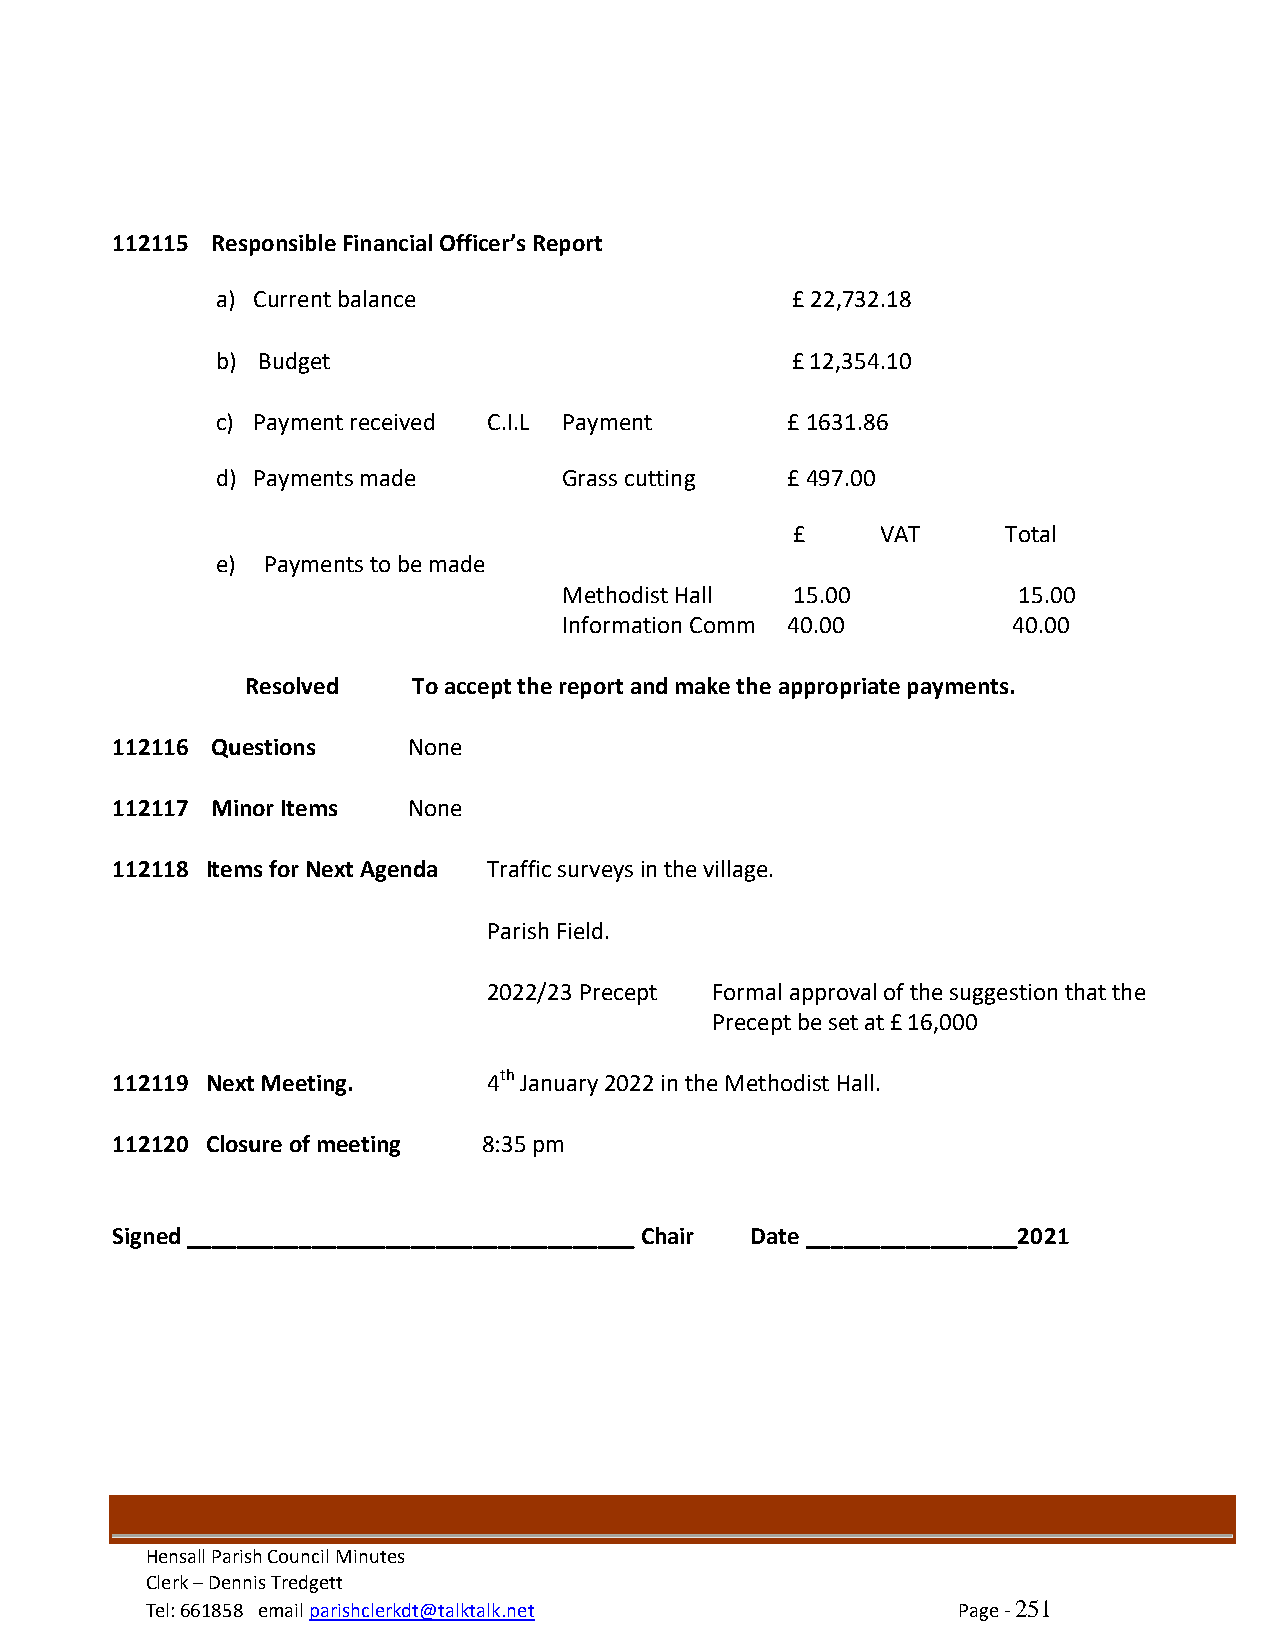
112115 Responsible Financial Officer’s Report
 a) Current balance                    £ 22,732.18
 b) Budget                             £ 12,354.10
 c) Payment received C.I.L Payment     £ 1631.86
 d) Payments made       Grass cutting  £ 497.00
 £    VAT      Total
 e) Payments to be made
 Methodist Hall  15.00         15.00
 Information Comm 40.00        40.00
 Resolved   To accept the report and make the appropriate payments.
 112116 Questions    None
 112117 Minor Items  None
 112118 Items for Next Agenda Traffic surveys in the village.
 Parish Field.
 2022/23 Precept Formal approval of the suggestion that the
 Precept be set at £ 16,000
 112119 Next Meeting.     4th January 2022 in the Methodist Hall.
 112120 Closure of meeting 8:35 pm
 Signed ____________________________________ Chair Date _________________2021
 - 251 -                        - -
 Hensall Parish Council Minutes
 Clerk – Dennis Tredgett
 Tel: 661858 email parishclerkdt@talktalk.net         Page - 251